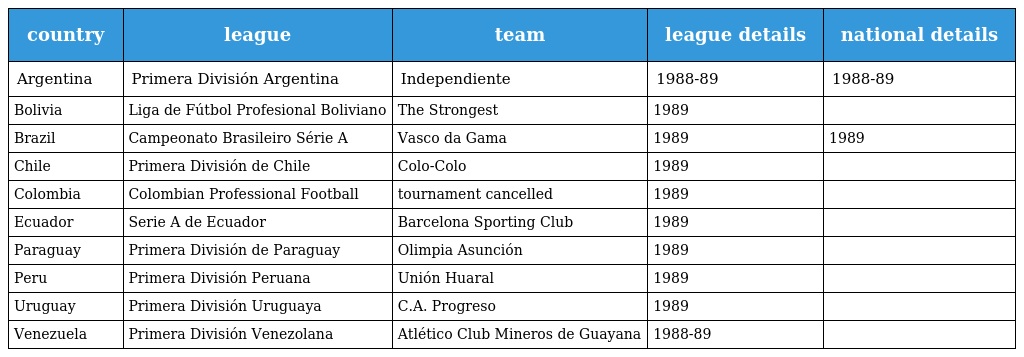
| country | league | team | league details | national details |
 | --- | --- | --- | --- | --- |
 | Argentina | Primera División Argentina | Independiente | 1988-89 | 1988-89 |
 | Bolivia | Liga de Fútbol Profesional Boliviano | The Strongest | 1989 |  |
 | Brazil | Campeonato Brasileiro Série A | Vasco da Gama | 1989 | 1989 |
 | Chile | Primera División de Chile | Colo-Colo | 1989 |  |
 | Colombia | Colombian Professional Football | tournament cancelled | 1989 |  |
 | Ecuador | Serie A de Ecuador | Barcelona Sporting Club | 1989 |  |
 | Paraguay | Primera División de Paraguay | Olimpia Asunción | 1989 |  |
 | Peru | Primera División Peruana | Unión Huaral | 1989 |  |
 | Uruguay | Primera División Uruguaya | C.A. Progreso | 1989 |  |
 | Venezuela | Primera División Venezolana | Atlético Club Mineros de Guayana | 1988-89 |  |